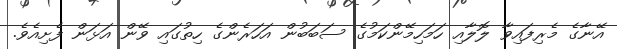
އޭނާގެ މެރިފައިވާ ލޮލާއި ހަމަހިމޭންކަމުގެ ސަބަބުން އަހަރެންގެ ހިތުގައި ވޭން އަޅަން ފެށިއެވެ.